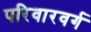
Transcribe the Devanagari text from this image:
परिवारवर्ग